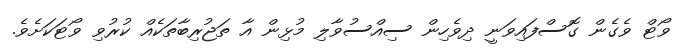
ވޯޓް ވެގެން ގޮސްފައިވަނީ ދިވެހިން ސިއްސުވާލި މުޅިން އާ ތަޖުރިބާތަކެއް ކުރުވި ވޯޓަކަށެވެ.